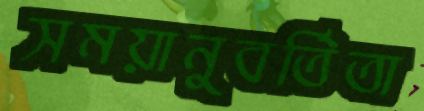
সময়ানুবর্তিতা